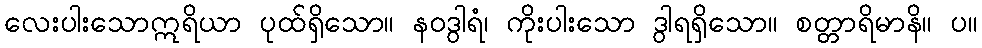
လေးပါးသောဣရိယာ ပုထ်ရှိသော။ နဝဒွါရံ၊ ကိုးပါးသော ဒွါရရှိသော။ စတ္တာရိမာနိ။ ပ။